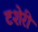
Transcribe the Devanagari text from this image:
टशेरी